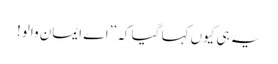
یہ ہی کیوں کہا گیا کہ ’’اے ایمان والو!